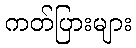
ကတ်ပြားများ